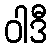
ဝါဒီ